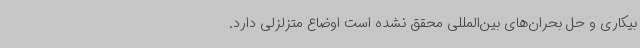
بیکاری و حل بحران‌های بین‌المللی محقق نشده است اوضاع متزلزلی دارد.